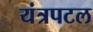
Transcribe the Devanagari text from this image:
यंत्रपटल